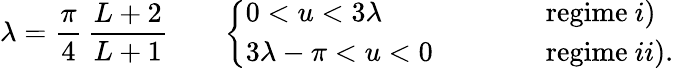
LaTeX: \lambda=\frac{\pi}{4}\, \frac{L+2}{L+1}\qquad\left\{ \begin{array}{lll}{{0<u<3\lambda}}&{{\qquad}}&{{\mathrm{regime~}i)}}\\ {{3\lambda-\pi<u<0}}&{{\qquad}}&{{\mathrm{regime~}ii).}}\end{array}\right.